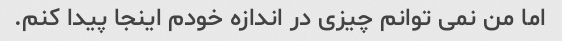
اما من نمی توانم چیزی در اندازه خودم اینجا پیدا کنم.